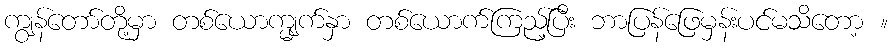
ကျွန်တော်တို့မှာ တစ်ယောက္မျက်နှာ တစ်ယောက်ကြည့်ပြီး ဘာပြန်ဖြေမှန်းပင်မသိတော့ ။